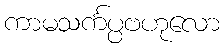
ကာမသင်္ကပ္ပဗဟုလော